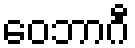
ဝေဘာဂီ